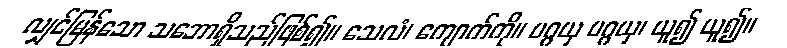
လျှင်မြန်သော သဘောရှိသည်ဖြစ်၍။ သေလံ၊ ကျောက်ကို။ ပဂ္ဂယှ ပဂ္ဂယှ၊ ယူ၍ ယူ၍။